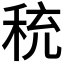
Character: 𬓦